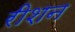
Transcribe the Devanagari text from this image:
रीशन